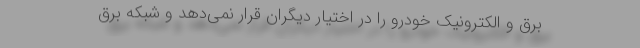
برق و الکترونیک خودرو را در اختیار دیگران قرار نمی‌دهد و شبکه برق